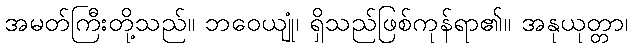
အမတ်ကြီးတို့သည်။ ဘဝေယျုံ၊ ရှိသည်ဖြစ်ကုန်ရာ၏။ အနုယုတ္တာ၊